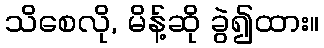
သိစေလို, မိန့်ဆို ခွဲ၍ထား။